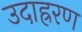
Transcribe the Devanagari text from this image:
उदाह्ररण